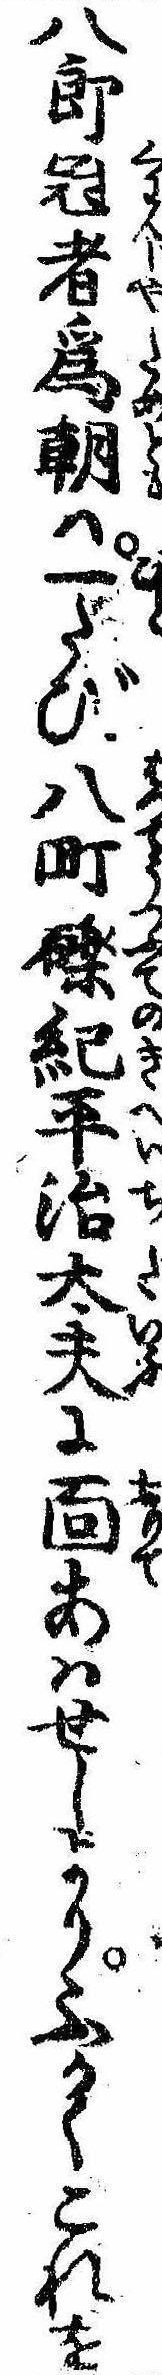
八郎冠者為朝は一たび八町礫紀平治太夫に面あはせしよりふかくこれを